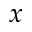
x